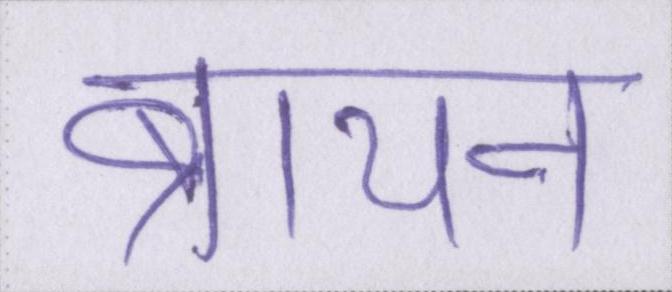
ब्रायन